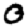
Digit: 0